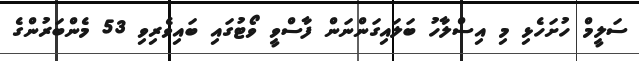
ސަލީމް ހުށަހެޅި މި އިސްލާހު ބަލައިގަންނަން ފާސްވީ ވޯޓުގައި ބައިވެރިވި 53 މެންބަރުންގެ